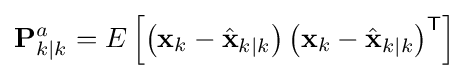
\mathbf {P} _{k\mid k}^{a}=E\left[\left(\mathbf {x} _{k}-{\hat {\mathbf {x} }}_{k\mid k}\right)\left(\mathbf {x} _{k}-{\hat {\mathbf {x} }}_{k\mid k}\right)^{\textsf {T}}\right]